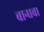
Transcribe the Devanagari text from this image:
बान्धवा